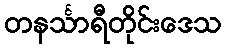
တနင်္သာရီတိုင်းဒေသ